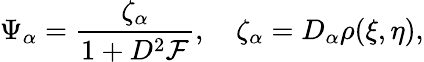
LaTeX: \Psi_{\alpha}={\frac{\zeta_{\alpha}}{1+D^{2}{\cal F}}},\quad\zeta_{\alpha}=D_{\alpha}\rho(\xi,\eta),